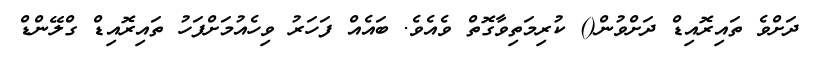
ދަށްވެ ތައިރޮއިޑް ދަށްވުން() ކުރިމަތިވާގޮތް ވެއެވެ. ބައެއް ފަހަރު ވިހެއުމަށްފަހު ތައިރޮއިޑް ގްލޭންޑް